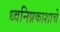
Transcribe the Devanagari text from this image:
ध्वनिप्रकाशाचे